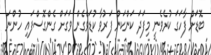
ބޮޑަށް ފާހަގަ ކުރެވެނީ މިފަދަ ކަންކަން ފަރުވާ ކުޑަވެގެން ވަގަށް ގެންގޮސްފައި ހުންނަ